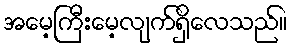
အမေ့ကြီးမေ့လျက်ရှိလေသည်။